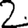
Digit: 2